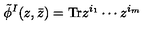
\tilde { \phi } ^ { I } ( z , \bar { z } ) = \mathrm { T r } z ^ { i _ { 1 } } \cdots z ^ { i _ { m } }